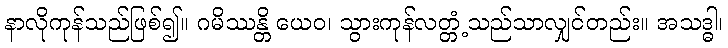
နာလိုကုန်သည်ဖြစ်၍။ ဂမိဿန္တိ ယေဝ၊ သွားကုန်လတ္တံ့သည်သာလျှင်တည်း။ အသဒ္ဓါ၊